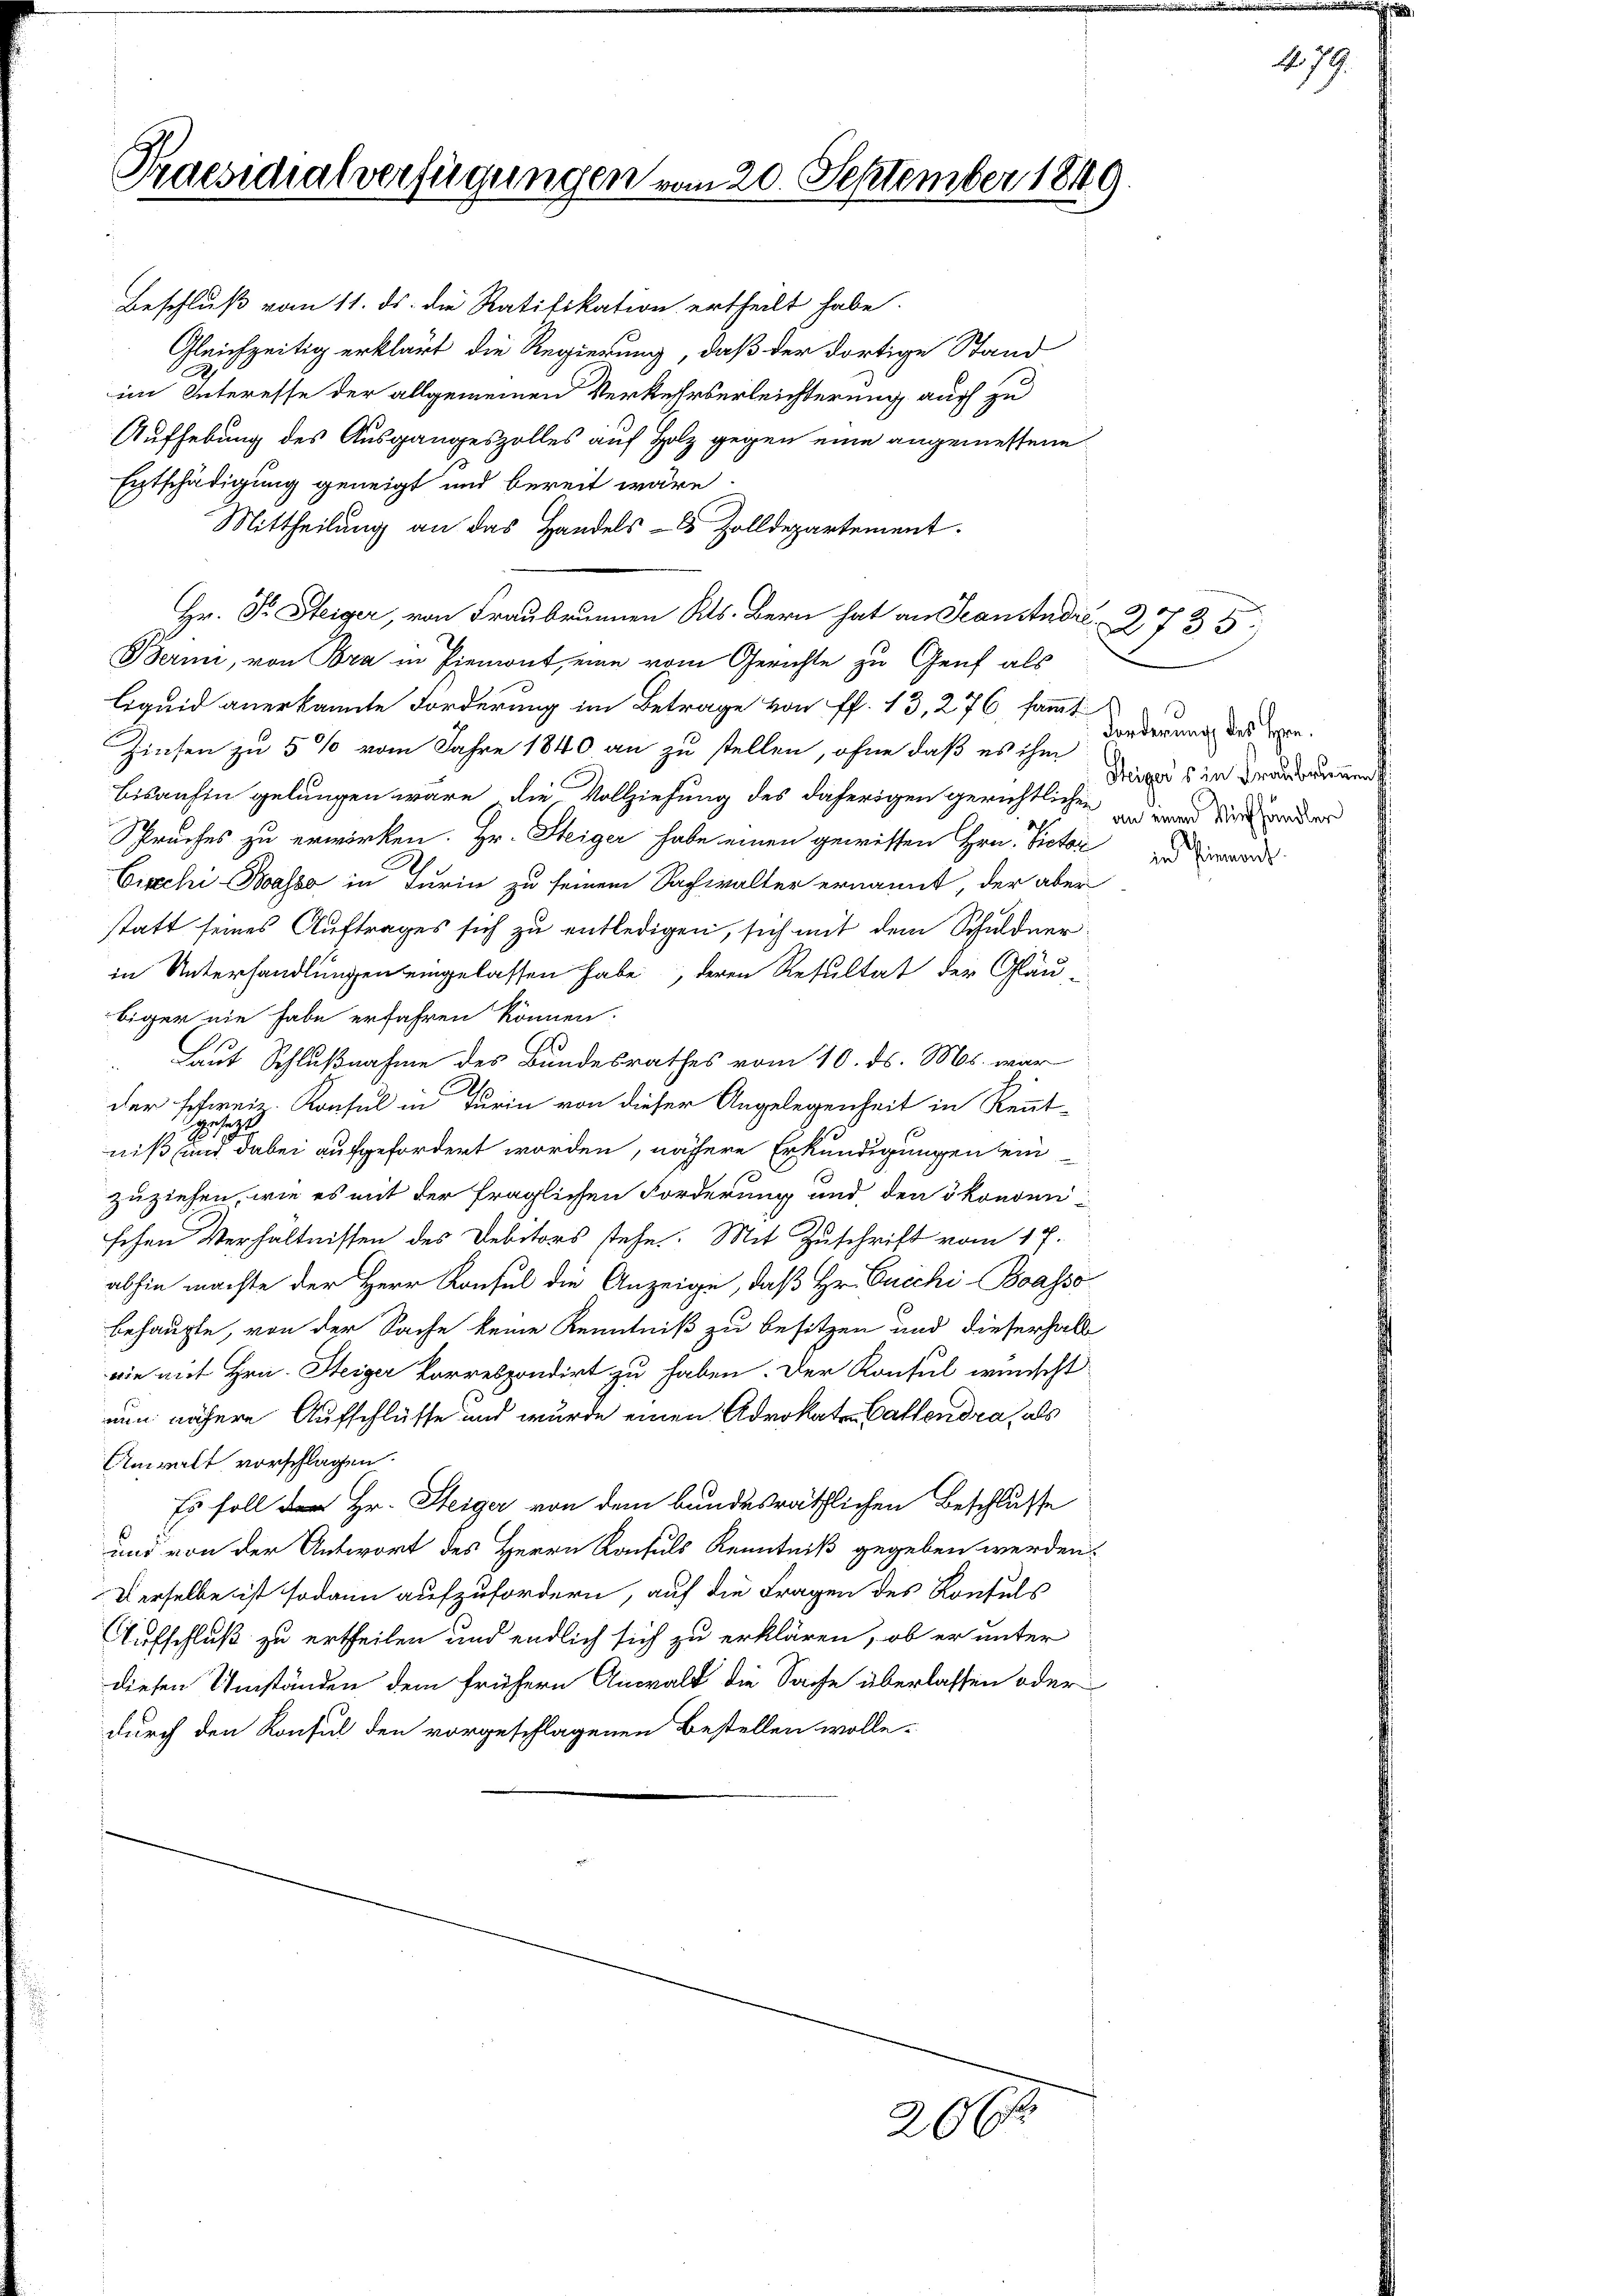
Praesidialverfügungen vom 20. September 1849.

Beschluß vom 11. ds. die Ratifikation ertheilt habe.
Gleichzeitig erklärt die Regierung, daß der dortige Stand
im Interesse der allgemeinen Verkehrserleichterung auch zu
Aufhebung des Ausgangeszolles auf Holz gegen eine angemessene
Entschädigung geneigt und bereit wäre.
Mittheilung an das Handels- & Zolldepartement.
Hr. Dr. Steiger, von Fraubrunnen Kts. Bern hat an Scanstadre 27 35
Bermi, von Bora in Piemont, eine vom Gerichte zu Genf als
Liquid anerkannte Forderung im Betrage von ff. 13, 276, sammt
Zinsen zu 5 % vom Jahre 1840 an zu stellen, ohne daß es ihm
Bisanhin gelungen wäre, die Vollziehung des daherigen gerichtlichen und war ein ander
Spruches zu erwirken. Hr. Steiger habe einen gewissen Hrn. Victor und d
Cixchi-Wasse in Turin zu seinem Sachwalter ernannt, der aber
statt seines Auftrages sich zu entledigen, sich mit dem Schuldnerin Unterhandlungen eingelassen habe, deren Resultat der Gläu-
biger nie habe erfahren können.
ß
Laut Schlußnahme des Bundesrathes vom 10. ds. Ms. war
der schweiz. Konsul in Turin von dieser Angelegenheit in Kennt-
niß und dabei aufgefordert worden, nähere Erkundigungen ein-
zuziehen, wie es mit der fraglichen Forderung und den ökonden
schen Verhältnissen des Debitors stehe. Mit Zuschrift vom 17.
abhin machte der Herr Konsul die Anzeige, daß Hr. Guichi-Boasso
behaupte, von der Sache keine Kenntniß zu besitzen und dieserhalb
wie mit Hrn. Steiger Parrespondirt zu haben. Der Konsul wünscht
nun nähere Aufschlüsse und wurde einen Advokaten Gallendra, als
Anwalt vorschlagen.
Es soll der Hr. Steiger von dem bundesräthlichen Beschlusse
und von der Antwort des Herrn Konsuls Kenntniß gegeben werden.
Derselbe ist sodann aufzufordern, auf die Fragen des Kontuls
Aufschluß zu ertheilen und endlich sich zu erklären, ob er unter
diesen Umständen dem frühern Anwald die Sache überlassen oder
durch den Konsul den vorgeschlagenen Bestellen wolle-

266

Forderung des Hrn.
Steigers in Frau brennen

479.